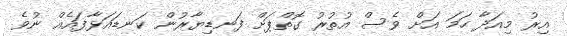
އިރު މިއަދާ ހަމަ އަށް ވެސް އުތުރު ގޮތްޕަށް ފަނޑިޔާރުން ކަނޑައަޅާފައެއް ނުވެ